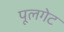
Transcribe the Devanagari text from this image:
पूलगेट